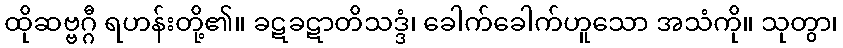
ထိုဆဗ္ဗဂ္ဂီ ရဟန်းတို့၏။ ခဋခဋာတိသဒ္ဒံ၊ ခေါက်ခေါက်ဟူသော အသံကို။ သုတွာ၊